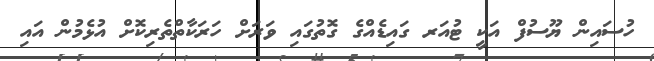
ހުސައިން ޔޫސުފް އަކީ ޓުއަރ ގައިޑެއްގެ ގޮތުގައި ވަރަށް ހަރަކާތްތެރިކޮށް އުޅެމުން އައި